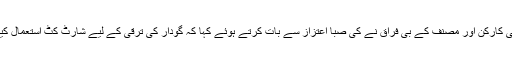
مقامی سماجی کارکن اور مصنف کے بی فراق نے کی صبا اعتزاز سے بات کرتے ہوئے کہا کہ گودار کی ترقی کے لیے شارٹ کٹ استعمال کیا جا رہا ہے۔